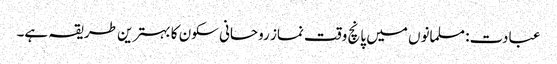
عبادت: مسلمانوں میں پانچ وقت نماز روحانی سکون کا بہترین طریقہ ہے۔